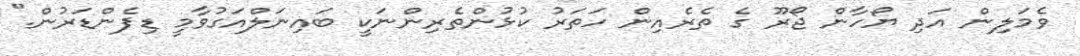
ވެމަލިން އަދި ޔޯހާން ޖޯރޫ ގެ ތެރެއިން ހަތަރު ކުޅުންތެރިންނަކީ ބައިނަލްއަގުވާމީ ޑިފެންޑަރުން."